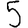
Digit: 5